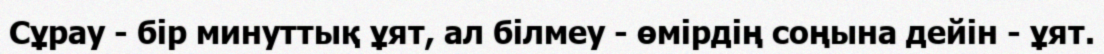
Сұрау - бір минуттық ұят, ал білмеу - өмірдің соңына дейін - ұят.